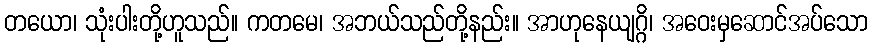
တယော၊ သုံးပါးတို့ဟူသည်။ ကတမေ၊ အဘယ်သည်တို့နည်း။ အာဟုနေယျဂ္ဂိ၊ အဝေးမှဆောင်အပ်သော